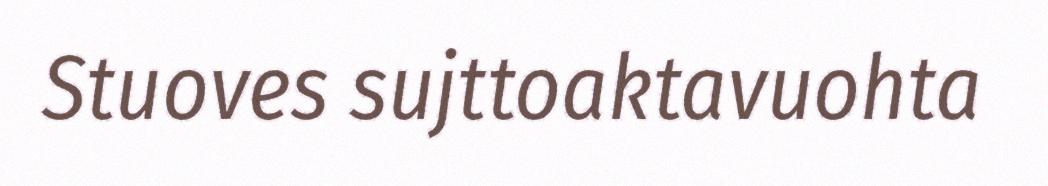
Stuoves sujttoaktavuohta